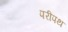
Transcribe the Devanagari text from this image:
परीपथ